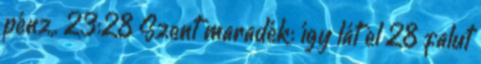
pénz,. 23:28 Szent maradék: így lát el 28 falut